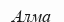
Алма